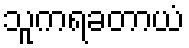
သူကရခတာယံ